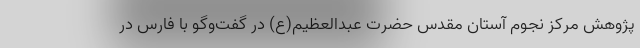
پژوهش مرکز نجوم آستان مقدس حضرت عبدالعظیم(ع) در گفت‌وگو با فارس در